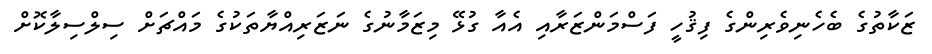
ޒަކާތުގެ ބެހެނިވެރިންގެ ފިޤުހީ ފަސްމަންޒަރާއި އެއާ ގުޅޭ މިޒަމާނުގެ ނަޒަރިއްޔާތަކުގެ މައްޗަށް ސިލްސިލާކޮށް